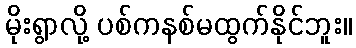
မိုးရွာလို့ ပစ်ကနစ်မထွက်နိုင်ဘူး။